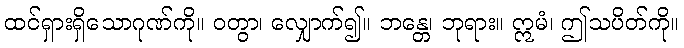
ထင်ရှားရှိသောဂုဏ်ကို။ ဝတွာ၊ လျှောက်၍။ ဘန္တေ၊ ဘုရား။ ဣမံ၊ ဤသပိတ်ကို။